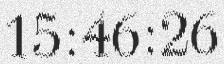
15:46:26